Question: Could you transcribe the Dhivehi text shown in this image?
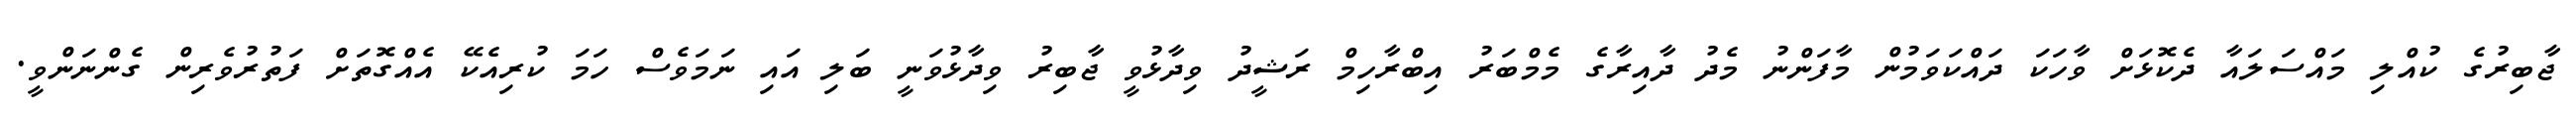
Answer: ޖާބިރުގެ ކުއްލި މައްސަލައާ ދެކޮޅަށް ވާހަކަ ދައްކަވަމުން މާފަންނު މެދު ދާއިރާގެ މެމްބަރު އިބްރާހިމް ރަޝީދު ވިދާޅުވީ ޖާބިރު ވިދާޅުވަނީ ބަލި އައި ނަމަވެސް ހަމަ ކުރިއެކޭ އެއްގޮތަށް ފަތުރުވެރިން ގެންނަންވީ.